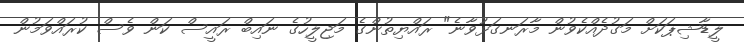
ލީޑާޝިޕަކަށް މަގުދެއްކެވުން މާރަނގަޅުވާނެ" ރައްޔިތުންގެ މަޖިލީހުގެ ނައިބް ރައީސް ކަން ވެސް ކުރައްވަމުން